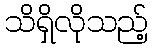
သိရှိလိုသည့်